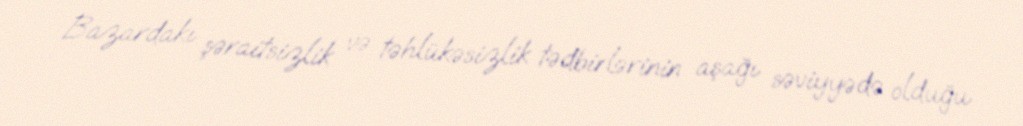
Bazardakı şəraitsizlik və təhlükəsizlik tədbirlərinin aşağı səviyyədə olduğu